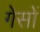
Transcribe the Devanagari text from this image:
गेसों